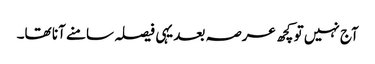
آج نہیں تو کچھ عرصہ بعد یہی فیصلہ سامنے آنا تھا۔